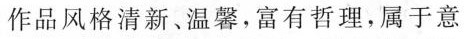
作品风格清新、温馨，富有哲理，属于意